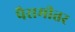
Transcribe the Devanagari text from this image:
पैरामीतर